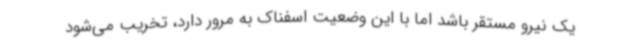
یک نیرو مستقر باشد اما با این وضعیت اسفناک به مرور دارد، تخریب می‌شود